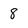
Character: 8